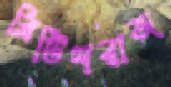
ব্রিটিশরাজ